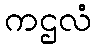
ကဌလံ